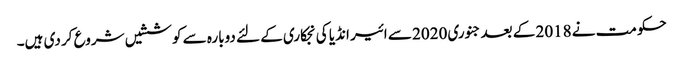
حکومت نے 2018 کے بعد جنوری 2020 سے ائیر انڈیا کی نجکاری کے لئے دوبارہ سے کوششیں شروع کر دی ہیں۔